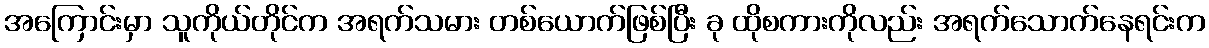
အကြောင်းမှာ သူကိုယ်တိုင်က အရက်သမား တစ်ယောက်ဖြစ်ပြီး ခု ထိုစကားကိုလည်း အရက်သောက်နေရင်းက